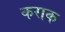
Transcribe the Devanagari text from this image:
कराक